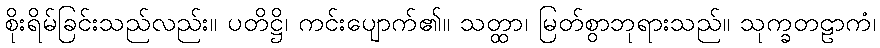
စိုးရိမ်ခြင်းသည်လည်း။ ပတိဋ္ဌိ၊ ကင်းပျောက်၏။ သတ္ထာ၊ မြတ်စွာဘုရားသည်။ သုက္ခတဠာကံ၊